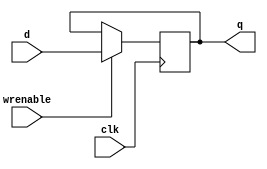

// 1-bit register module
// Essentially a D flip-flop with enable
module register
(
    output reg q,
    input d,
    input wrenable,
    input clk
);

// Write D to Q if enabled on clock edge
    always @(posedge clk) begin
        if (wrenable) begin
	    q <= d;
        end
    end
endmodule

// 32-bit register module
module register32
(
    output[31:0] q,
    input[31:0] d,
    input wrenable,
    input clk
);

// Generate 32 one-bit registers
    genvar i;
    generate
        for (i = 0; i<32; i = i + 1) begin
            register reg_inst (q[i], d[i], wrenable, clk);
        end
    endgenerate
endmodule

// 32-bit register module, except it always outputs
// zeros, regardless of input.
module register32zero
(
    output [31:0] q,
    input[31:0] d,
    input wrenable,
    input clk
);

// Set all outputs to zero
    assign q = 32'b00000000000000000000000000000000;

endmodule